Medical and sanitary report of the native army of Bengal for the year
Year: 1874
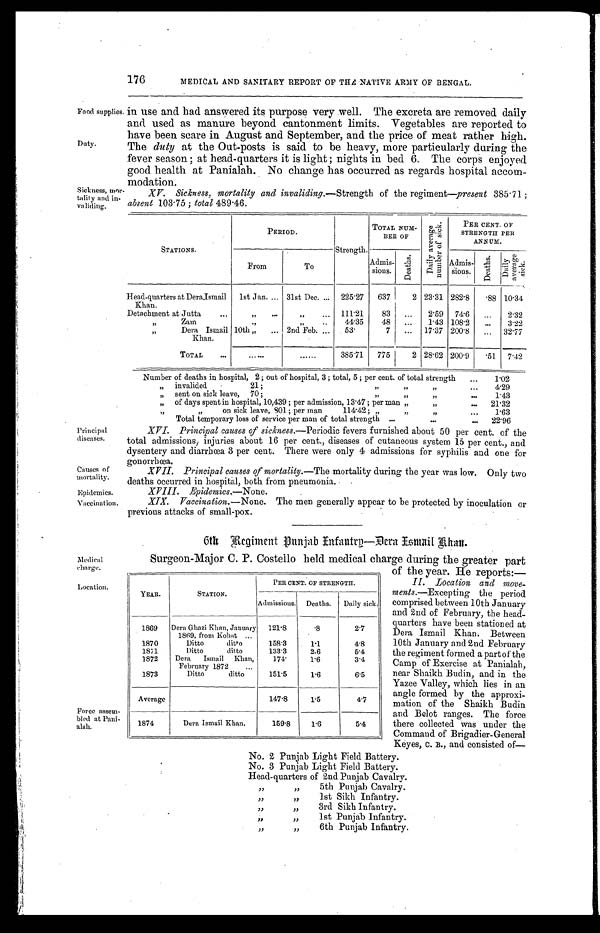
Causes of
mortality.
Epidemics.
Vaccination.
Medical
charge.
Location.
Force assem-
bled at Pani
- a l a h .
176
MEDICAL AND SANITARY REPORT OF THE NATIVE ARMY OF BENGAL.
Food supplies
Duty.
Sickness, mo
r-tality and in-
validing.
in use and had answered its purpose very well. The excreta are removed daily
and used as manure beyond cantonment limits. Vegetables are reported to
have been scare in August and September, and the price of meat rather high.
The duty at the Out-posts is said to be heavy, more particularly during the
fever season; at head-quarters it is light; nights in bed 6. The corps enjoyed
good health at Panialah. No change has occurred as regards hospital accom-
modation.
XV. Sickness. mortality and invaliding.— Strength of the regiment—present 385.71 ;
absent 103.75 ; total 489.46.
Principal
diseases.
STATIONS.
PERIOD.
Strength.
TOTAL NUM-BER OF
D a i l y a v e r a g e n u m b e r o f s i c k .
PER CENT. OF
STRENGTH PER
ANNUM.
From
To
Admis-
sions.
D e a t h s .
Admis-
sions.
D e a t h s .
D a i l y a v e r a g e s i c k .
Head-quarters at Dera.Ismail
Khan.
1st Jan. ... 31st Dec. ... 225.27 637
2 23.31 282.8
. 8 8 10.34
Detachment at Jutta
...
, , . . . „
... 111.21
83 ... 2.59 74.6 ... 2.32
,, Z a m
,,
. . .
, ,
. . . 44.35 48 ... 1.43 108.2 ...
3.22
,,
Dera Ismail
Khan.
10th „ ... 2nd Feb. ... 53.
7 ... 17.37 200.8 ... 32.77
TOTAL ...
......
......
385.71 775
2 28.62 200.9
. 5 1 7.42
Number of deaths in hospital, 2 ; out of hospital, 3 ; total, 5 ; per cent. of total strength ...
1.02
, , invalided
21;
, ,
„
. . .
4.29
, , sent on sick leave, 70;
, ,
, ,
. . .
1.43
, , of days spent in hospital, 10,439 ; per admission,13.47 ; per man „
, ,
... 21.32
„
,,
on sick leave, 801; per man
114.42; ,,
, ,
, ,
...
1.63
Total temporary loss of service per man of total strength
. . . . . .
... 22.96
XVI. Principal causes of sickness.—Periodic fevers furnished about 50 per cent, of the
total admissions,. injuries about 16 per cent., diseases of cutaneous system 15 per cent., and
dysentery and diarrhœa 3 per cent. There were only 4 admissions for syphilis and one for
gonorrhœa.
XVII. Principal causes of mortality.—The mortality during the year was low. Only two
deaths occurred in hospital, both from pneumonia.
XVIII.
Epidemics.—None.
XIX. Vaccination.— None. The men generally appear to be protected by inoculation or
previous attacks of small-pox.
Re gi me nt Punj a b I nf a nt r y—De r a I s ma i l Kha n.
Surgeon-Major C. P. Costello held medical charge during the greater part
YEAR.
STATION.
PER CENT. OF STRENGTH.
Admissions. Deaths. Daily sick:
1869 Dera Ghazi Khan, January
1869, from Kohat ...
121.8
.8
2.7
1870
Ditto
ditto
158.3
1.1
4.8
1871
Ditto
ditto
133.3
2.6
5.4
1872
Dera Ismail Khan,
February 1872
. . .
174.
1.6
3.4
1873
Ditto
ditto
151.5
1.6
6.5
Average
147.8
1.5
4.7
1874
Dera Ismail Khan.
159.8
1.6
5.4
of the year. He reports:—
II. Location and move-
ments.—Excepting the period
comprised between 10th January
and 2nd of February, the head-
-quarters have been stationed at
Dera Ismail Khan. Between
10th January and 2nd February
the regiment formed a part of the
Camp of Exercise at Panialah,
near Shaikh Budin, and in the
Yazee Valley, which lies in an
angle formed by the approxi-
-mation of the Shaikh Budin
and Belot ranges. The force
there collected was under the
Command of Brigadier-General
Keyes, C. B., and consisted of
No. 2 Punjab Light Field Battery.
No. 3 Punjab Light Field Battery.
Head-quarters of 2nd Punjab Cavalry.
, ,
, ,
5th Punjab Cavalry.
, ,
, ,
1st Sikh Infantry.
, ,
, ,
3rd
Sikh
Infantry.
, ,
, ,
1st Punjab Infantry.
, ,
, ,
6th Punjab Infantry.